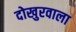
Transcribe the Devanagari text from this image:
दोखुरवाला